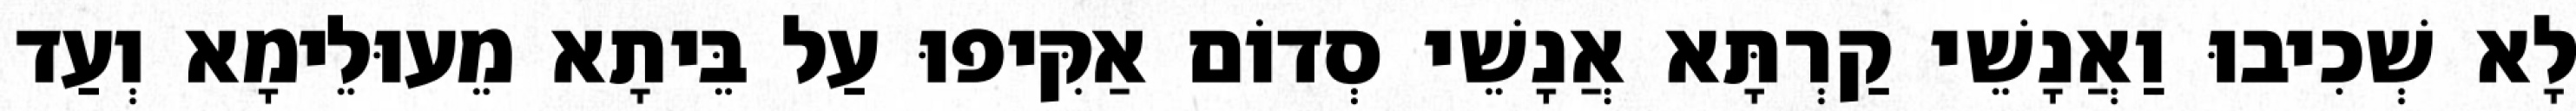
לָא שְׁכִיבוּ וַאֲנָשֵׁי קַרְתָּא אֲנָשֵׁי סְדוֹם אַקִּיפוּ עַל בֵּיתָא מֵעוּלֵימָא וְעַד